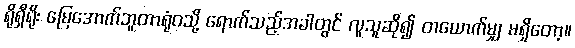
ရိုရှီရိုး မြေအောက်ဘူတာရုံဝသို့ ရောက်သည့်အခါတွင် လူသူဆို၍ တယောက်မျှ မရှိတော့။